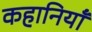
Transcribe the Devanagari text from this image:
कहानियॉं